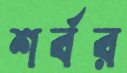
শর্বর